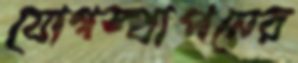
যোগস্থাপনের